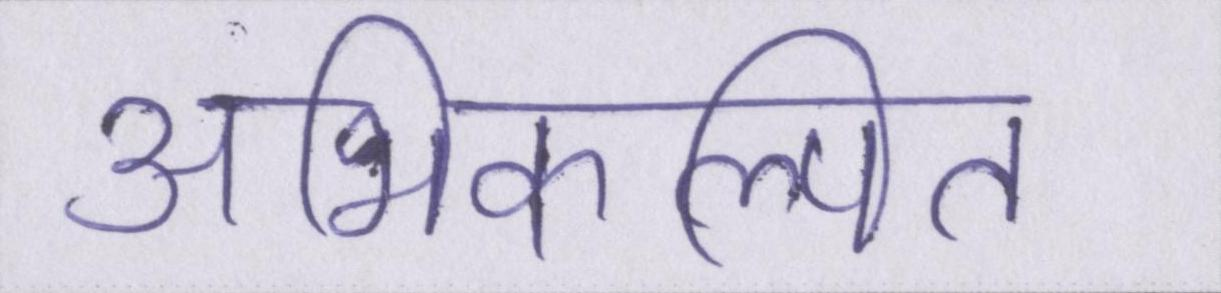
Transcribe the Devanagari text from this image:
अभिकल्पित